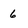
Character: 6